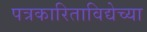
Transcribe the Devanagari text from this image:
पत्रकारिताविद्येच्या